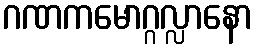
ဂဏကမောဂ္ဂလ္လာနော